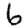
Digit: 6